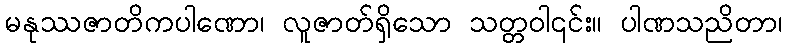
မနုဿဇာတိကပါဏော၊ လူဇာတ်ရှိသော သတ္တဝါ၎င်း။ ပါဏသညိတာ၊